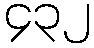
၄၃၂